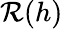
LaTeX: \mathcal{R}(h)